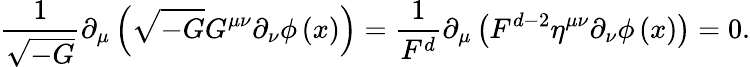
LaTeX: \frac 1{\sqrt{-G}}\partial_{\mu}\left(\sqrt{-G}G^{\mu\nu}\partial_{\nu}\phi\left(x\right)\right)=\frac 1{F^{d}}\partial_{\mu}\left(F^{d-2}\eta^{\mu\nu}\partial_{\nu}\phi\left(x\right)\right)=0.